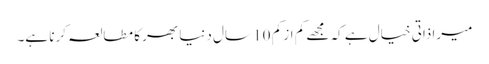
میرا ذاتی خیال ہے کہ مجھے کم از کم 10 سال دنیا بھر کا مطالعہ کرنا ہے۔